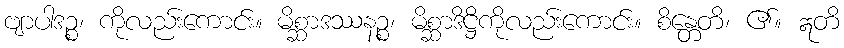
ဗျာပါဒဉ္စ၊ ကိုလည်းကောင်း။ မိစ္ဆာဒဿနဉ္စ၊ မိစ္ဆာဒိဋ္ဌိကိုလည်းကောင်း။ စိန္တေတိ၊ ၏။ ဣတိ